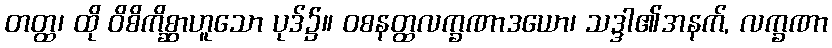
တတ္ထ၊ ထို ဝိစိကိစ္ဆာဟူသော ပုဒ်၌။ ဝစနတ္ထလက္ခဏာဒယော၊ သဒ္ဒါ၏အနက်, လက္ခဏာ